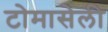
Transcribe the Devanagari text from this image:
टोमासेली